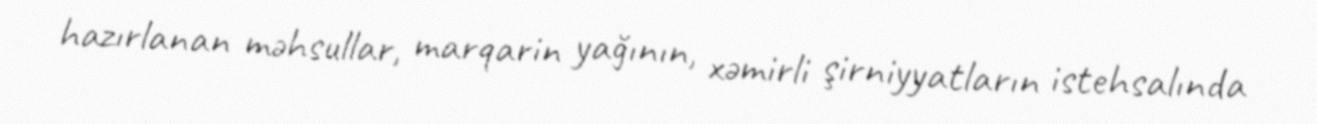
hazırlanan məhsullar, marqarin yağının, xəmirli şirniyyatların istehsalında